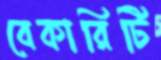
বেকারিটি